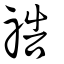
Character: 祰